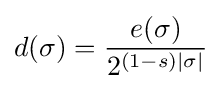
d(\sigma )={\frac {e(\sigma )}{2^{(1-s)|\sigma |}}}